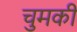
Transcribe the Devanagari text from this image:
चुमकी